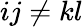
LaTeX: ij\ne kl